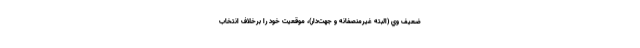
ضعيف وي (البته غيرمنصفانه و جهت‌دار)، موقعيت خود را برخلاف انتخاب